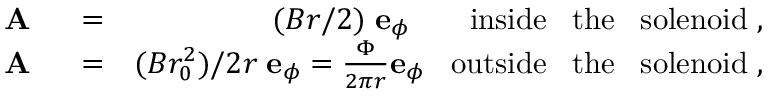
\begin{array} { r l r } { \mathrm { ~ \bf ~ A ~ } } & { { } = } & { ( B r / 2 ) \; { \bf e } _ { \phi } \; \; \; \; \; \; \; \mathrm { i n s i d e \; \; \; t h e \; \; \; s o l e n o i d } \; , } \\ { \mathrm { ~ \bf ~ A ~ } } & { { } = } & { ( B r _ { 0 } ^ { 2 } ) / 2 r \; { \bf e } _ { \phi } = \frac { \Phi } { 2 \pi r } { \bf e } _ { \phi } \; \; \; \mathrm { o u t s i d e \; \; \; t h e \; \; \; s o l e n o i d } \; , } \end{array}